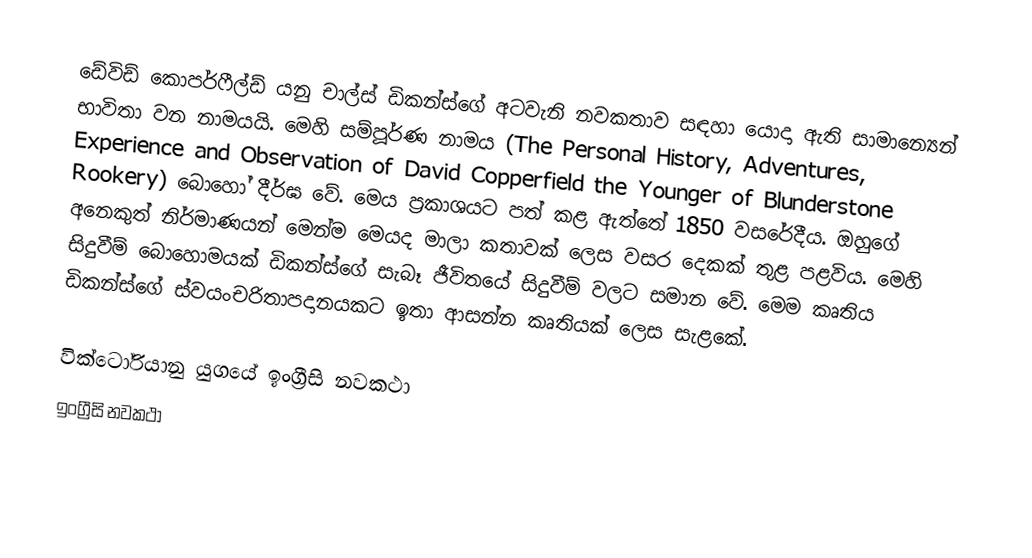
ඩේවිඩ් කොපර්ෆීල්ඩ් යනු චාල්ස් ඩිකන්ස්ගේ අටවැනි නවකතාව සඳහා යොදා ඇති සාමාන්‍යෙන් භාවිතා වන නාමයයි. මෙහි සම්පූර්ණ නාමය (The Personal History, Adventures, Experience and Observation of David Copperfield the Younger of Blunderstone Rookery) බොහෝ දීර්ඝ වේ. මෙය ප්‍රකාශයට පත් කළ ඇත්තේ 1850 වසරේදීය. ඔහුගේ අනෙකුත් නිර්මාණයන් මෙන්ම මෙයද මාලා කතාවක් ලෙස වසර දෙකක් තුළ පළවිය. මෙහි සිදුවීම් බොහොමයක් ඩිකන්ස්ගේ සැබෑ ජීවිතයේ සිදුවීම් වලට සමාන වේ. මෙම කෘතිය ඩිකන්ස්ගේ ස්වයංචරිතාපදානයකට ඉතා ආසන්න කෘතියක් ලෙස සැළකේ.

වික්ටෝරියානු යුගයේ ඉංග්‍රීසි නවකථා
ඉංග්‍රීසි නවකථා